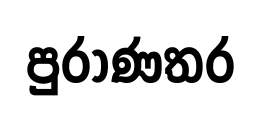
පුරාණතර